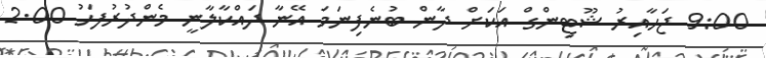
9:00 ޖަހާއިރު ޝޫޓިންގް އަކަށް ދާން ބުނެފިނަމަ އޭނާ ދައްކާލާނީ މެންދުރުފަހު 2.00